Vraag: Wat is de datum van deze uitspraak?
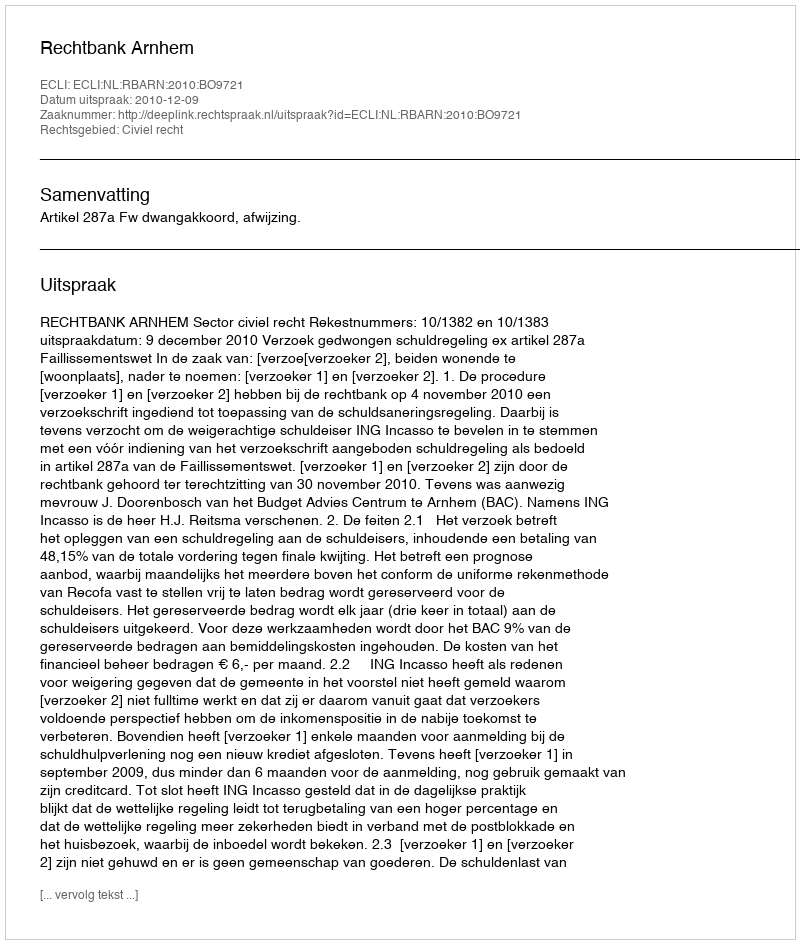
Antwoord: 2010-12-09